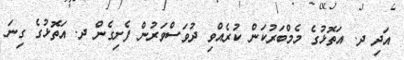
އަދި ދ. އަތޮޅުގެ މެމްބަރުކަން ކުރެއްވި ދުވަސްވަރުން ފެށިގެން ދ. އަތޮޅުގެ ގިނަ